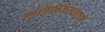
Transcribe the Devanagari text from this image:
शांतिनिकेतनाची